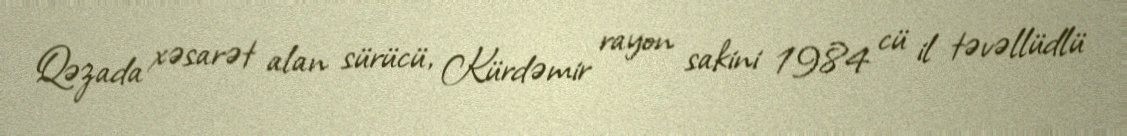
Qəzada xəsarət alan sürücü, Kürdəmir rayon sakini 1984 cü il təvəllüdlü